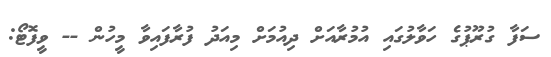
ސަފާ ގުރޫޕުގެ ހަވާލުގައި އުމުރާއަށް ދިއުމަށް މިއަދު ފުރާފައިވާ މީހުން -- ވީފޮޓޯ: